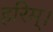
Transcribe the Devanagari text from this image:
हरिम्।